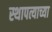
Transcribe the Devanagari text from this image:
स्थापत्याच्या